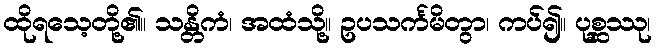
ထိုရသေ့တို့၏။ သန္တိကံ၊ အထံသို့။ ဥပသင်္ကမိတွာ၊ ကပ်၍။ ပုစ္ဆဿု၊